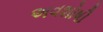
અવશોષી